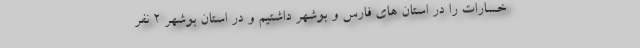
خسارات را در استان های فارس و بوشهر داشتیم و در استان بوشهر 2 نفر